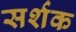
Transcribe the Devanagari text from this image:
सर्शक